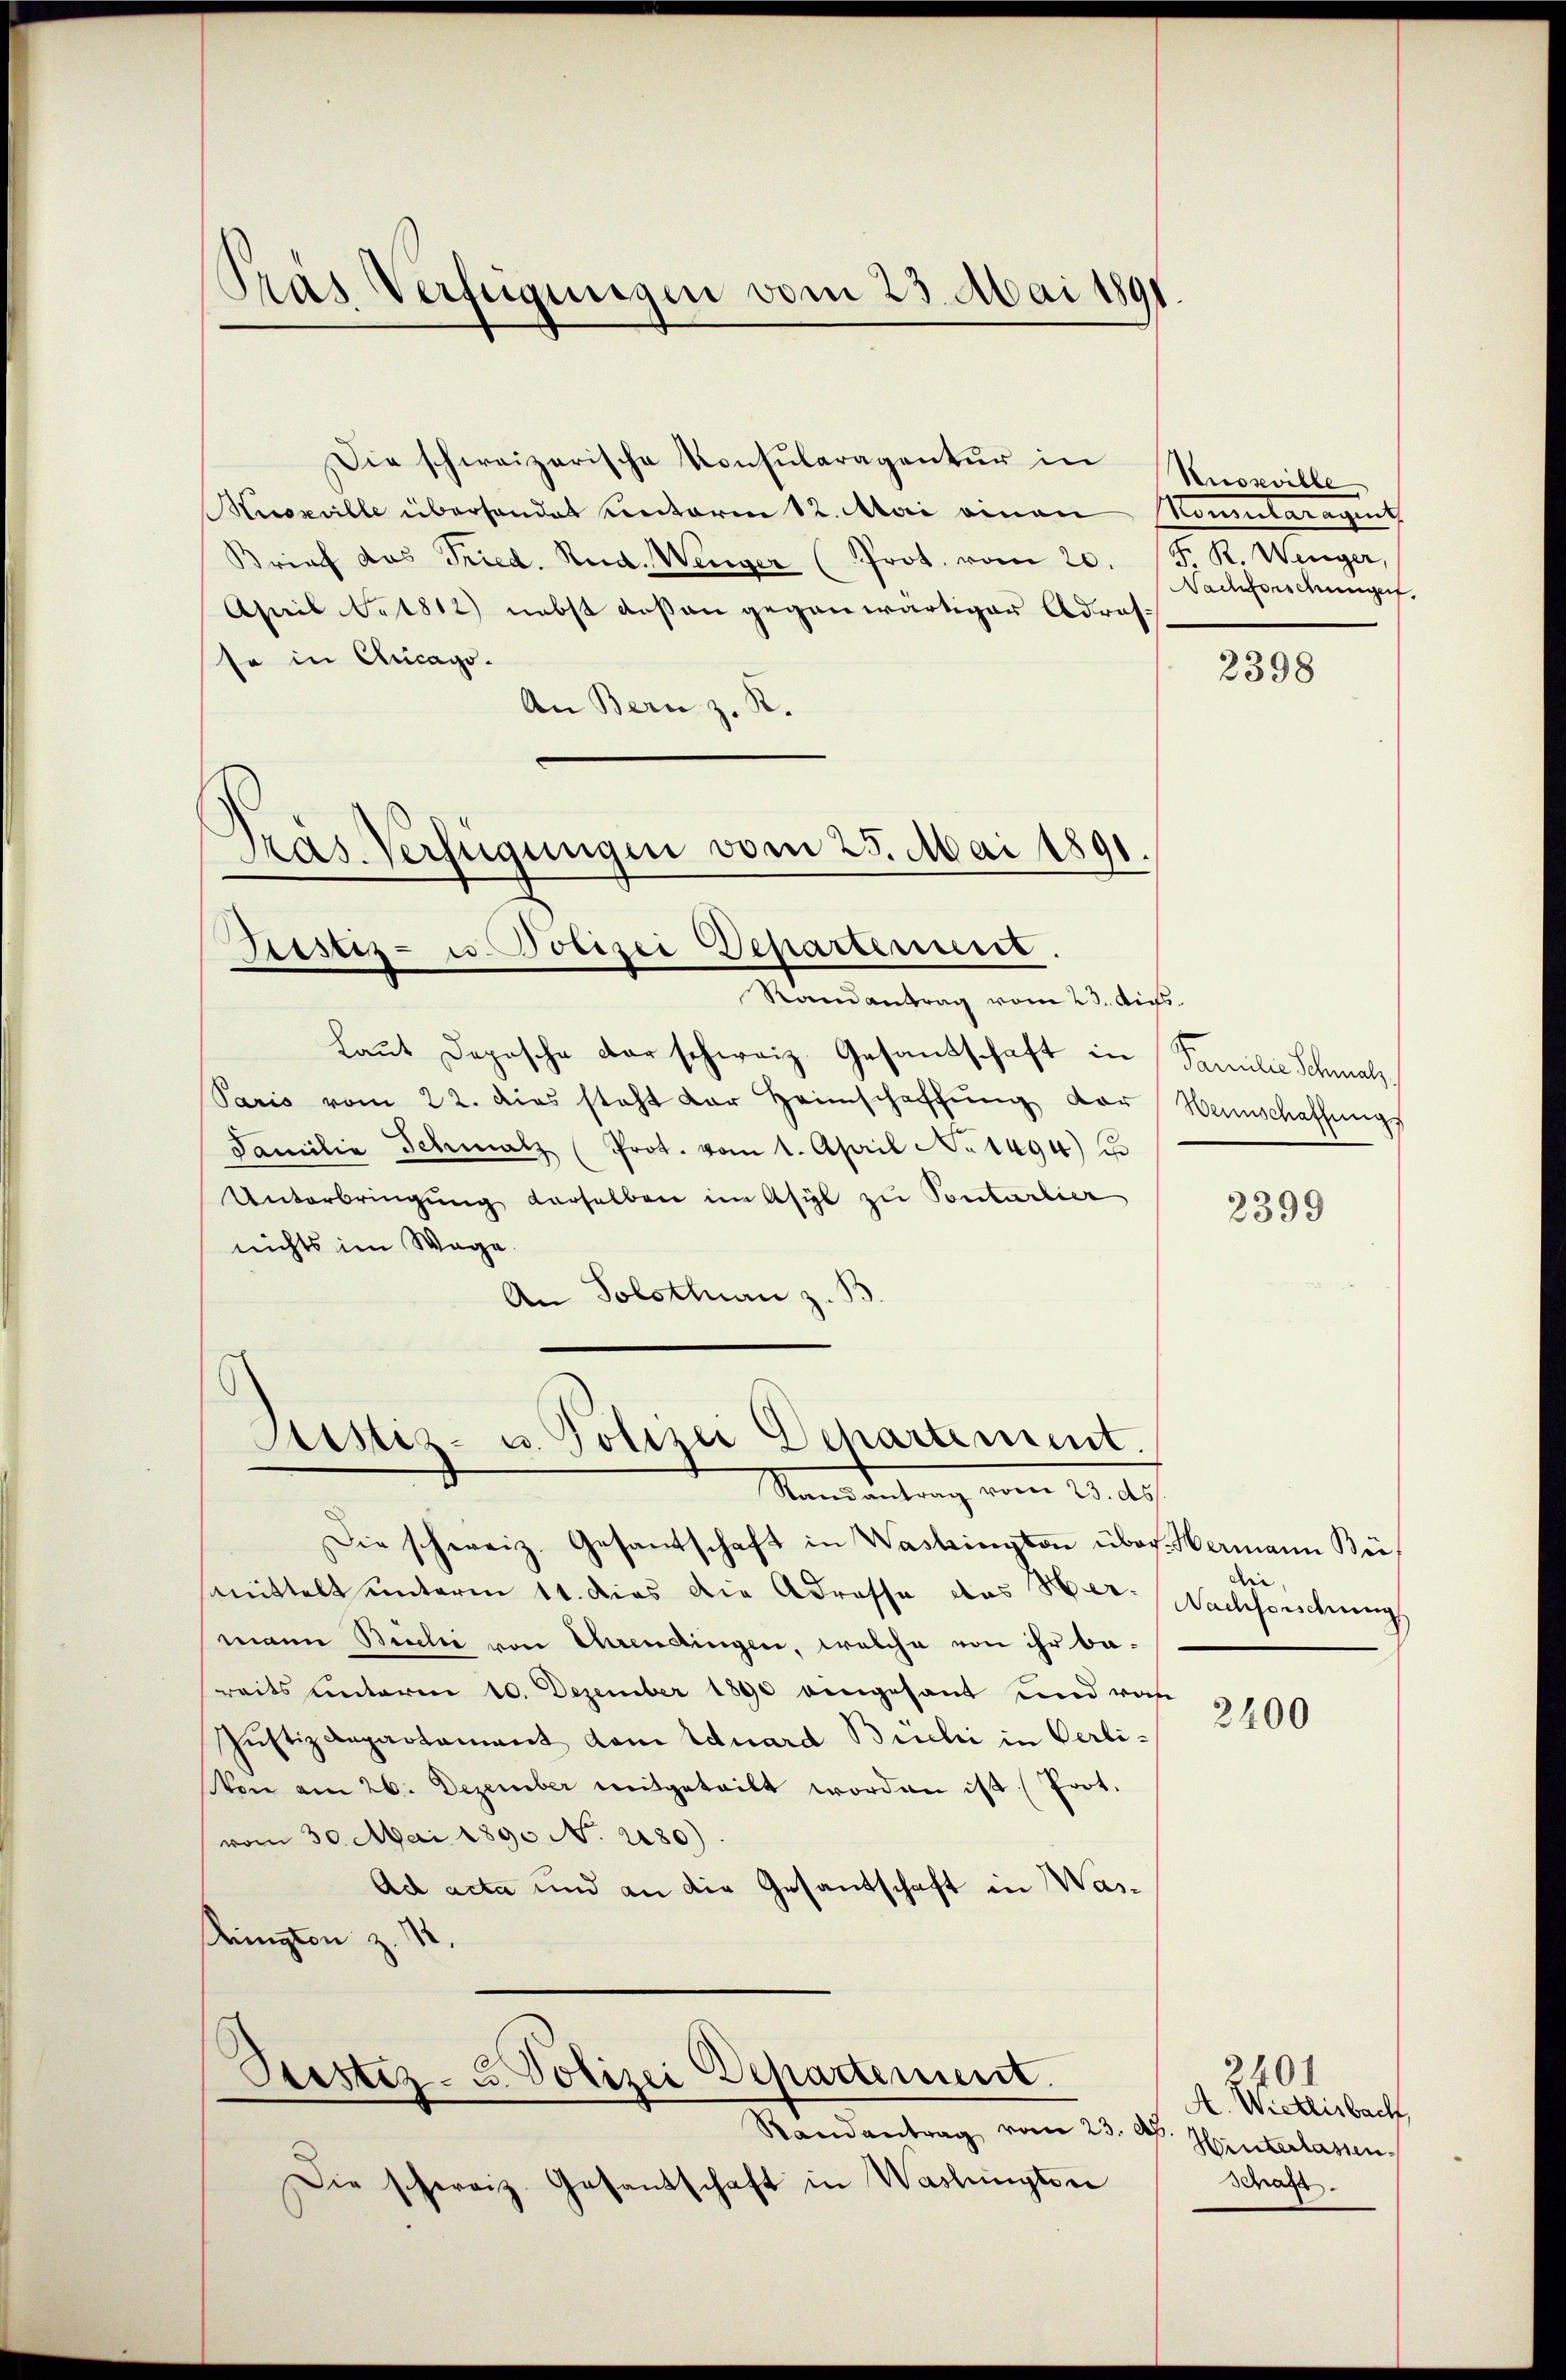
Die schweizerische Konsularagentur in Russville
Muszville überhandet Contoren 12. Mai einen Monaraget,
Brief das Fried. Rud. Wenger (Prot. vom 20.
April 1812) nebst deßen gegenwärtiger Adres.
se in Chicago.
An Bern z. R.
Pras. Verfügungen vom 25. Mai 1891

Pras Verfügungen vom 23. Mai 1891

Sistiz- u. Polizei Departement.

Randantrag vom 23. Aus
Laut Depesche der schweiz. Gesandschaft in Familie Schmalz
Paris vom 22. dies steht der Heimschaffŭng der Wennschaffungs
Familia Schmalz (Prot. vom 1. April No 1494) u
Unterbringŭng derselben im Asyl zu Pontarlier
nichts im Wege.
An Tolstluan z. B

Die schweiz. Gesantschaft in Washington über Hermann Beismmittelt unterm 11. dies die Adresse das Hermann Bieli von Censingen, welche von ihr be-
reits unterm 10. Dezember 1890 dengesant und von
Justizdepartament dem Eduard Büchi in Oerlivon am 26. Dezember mitgeteilt worden ist (Poot.
vom 30. Mai 1890 N. 2180).
Ad acta und an die Gesantschaft in Wasdington z. 12.
.
Bestiz- u. Polizei Departement.
Randantrag vom 23. A. Hinterlassen
Die schweiz. Gesandschaft in Washingten

Justiz- u. Polizei Departement.
Mandantung vom 19. de

F. R. Wenger,
Nachforschungert.

2398

2399

die
Nachforschung

2400

d. M. eine
Schaft.